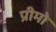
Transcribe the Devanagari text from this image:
प्रीमो